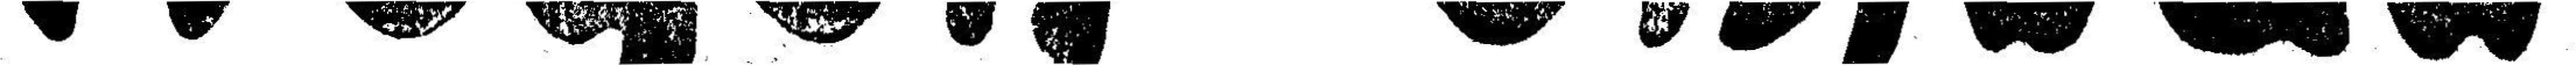
Wegen Umbau